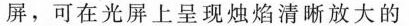
屏，可在光屏上呈现烛焰清晰放大的